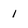
Character: I